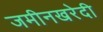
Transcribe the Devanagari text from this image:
जमीनखरेदी